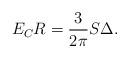
LaTeX: \begin{align*}E_CR = \frac{3}{2\pi}S\Delta. \end{align*}